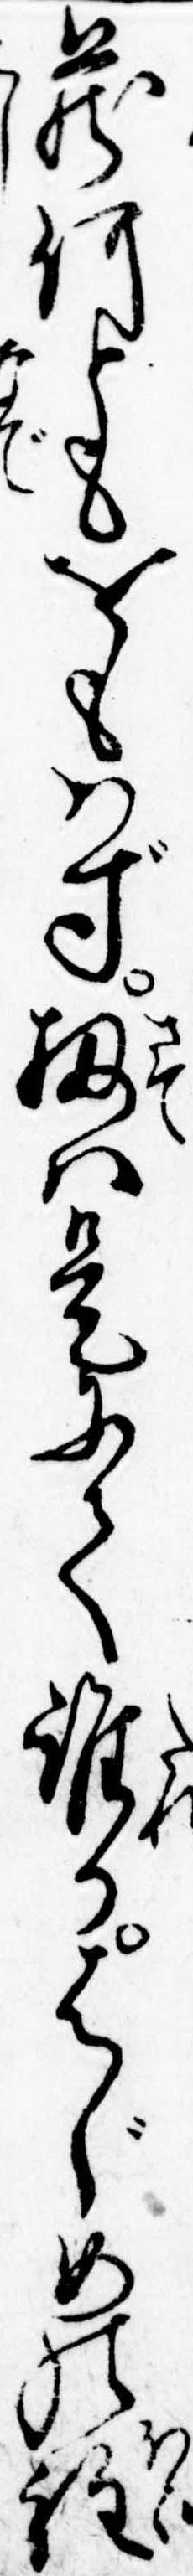
蔵何ともをもはず扨は是にて誰かはじめの程